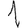
Digit: 1